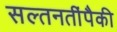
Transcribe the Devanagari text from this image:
सल्तनतींपैकी